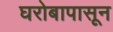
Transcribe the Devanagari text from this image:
घरोबापासून